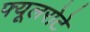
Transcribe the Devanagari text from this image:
फ्यूलरोटे